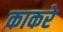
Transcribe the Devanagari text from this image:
काकरे